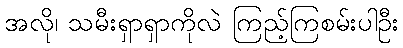
အလို၊ သမီးရှာရှာကိုလဲ ကြည့်ကြစမ်းပါဦး